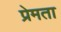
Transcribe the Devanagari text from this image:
प्रेमता